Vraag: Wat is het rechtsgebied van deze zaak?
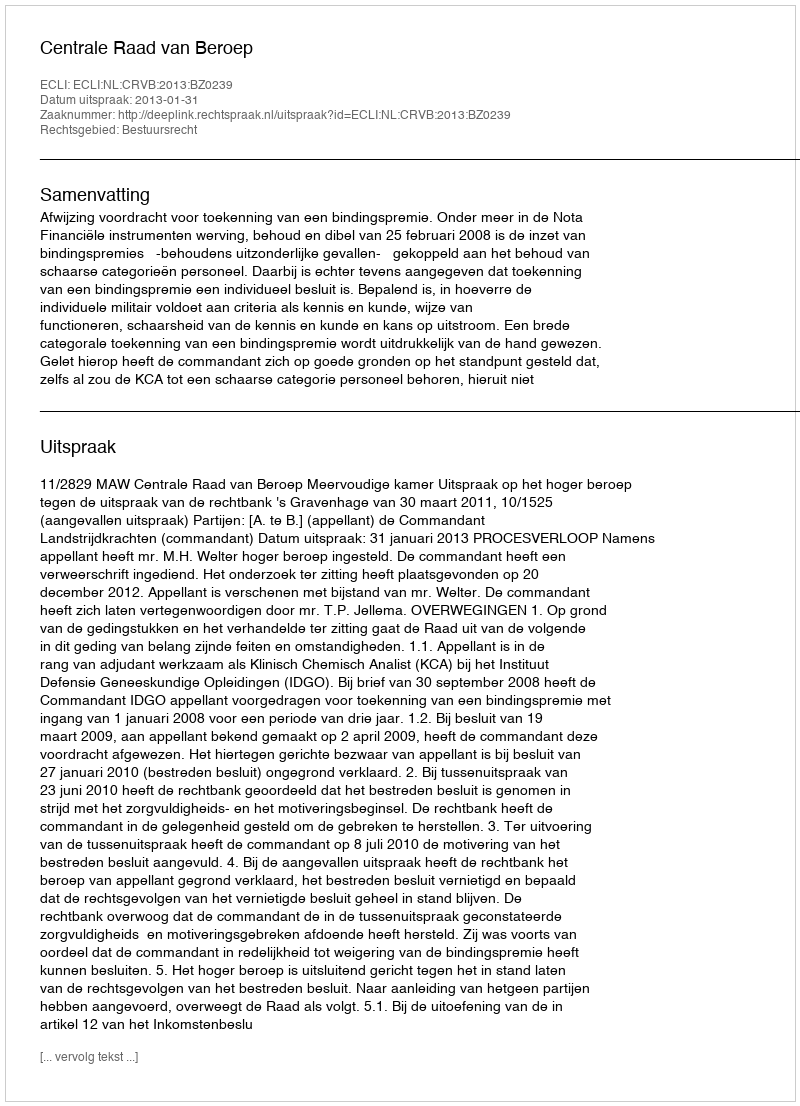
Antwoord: Bestuursrecht